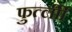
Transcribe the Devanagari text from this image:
फुर्त्लीी